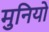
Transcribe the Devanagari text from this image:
मुनियो